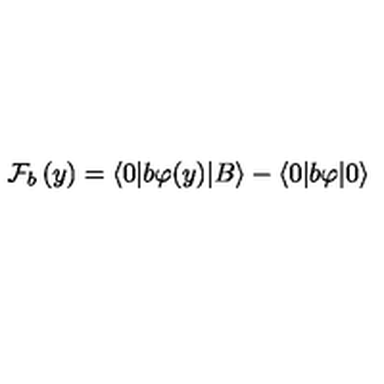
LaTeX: \mathcal { F } _ { b } \left( y \right) = \langle 0 | b \varphi ( y ) | B \rangle - \langle 0 | b \varphi | 0 \rangle